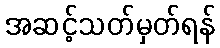
အဆင့်သတ်မှတ်ရန်